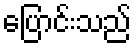
ပြောင်းသည်